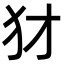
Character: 犲